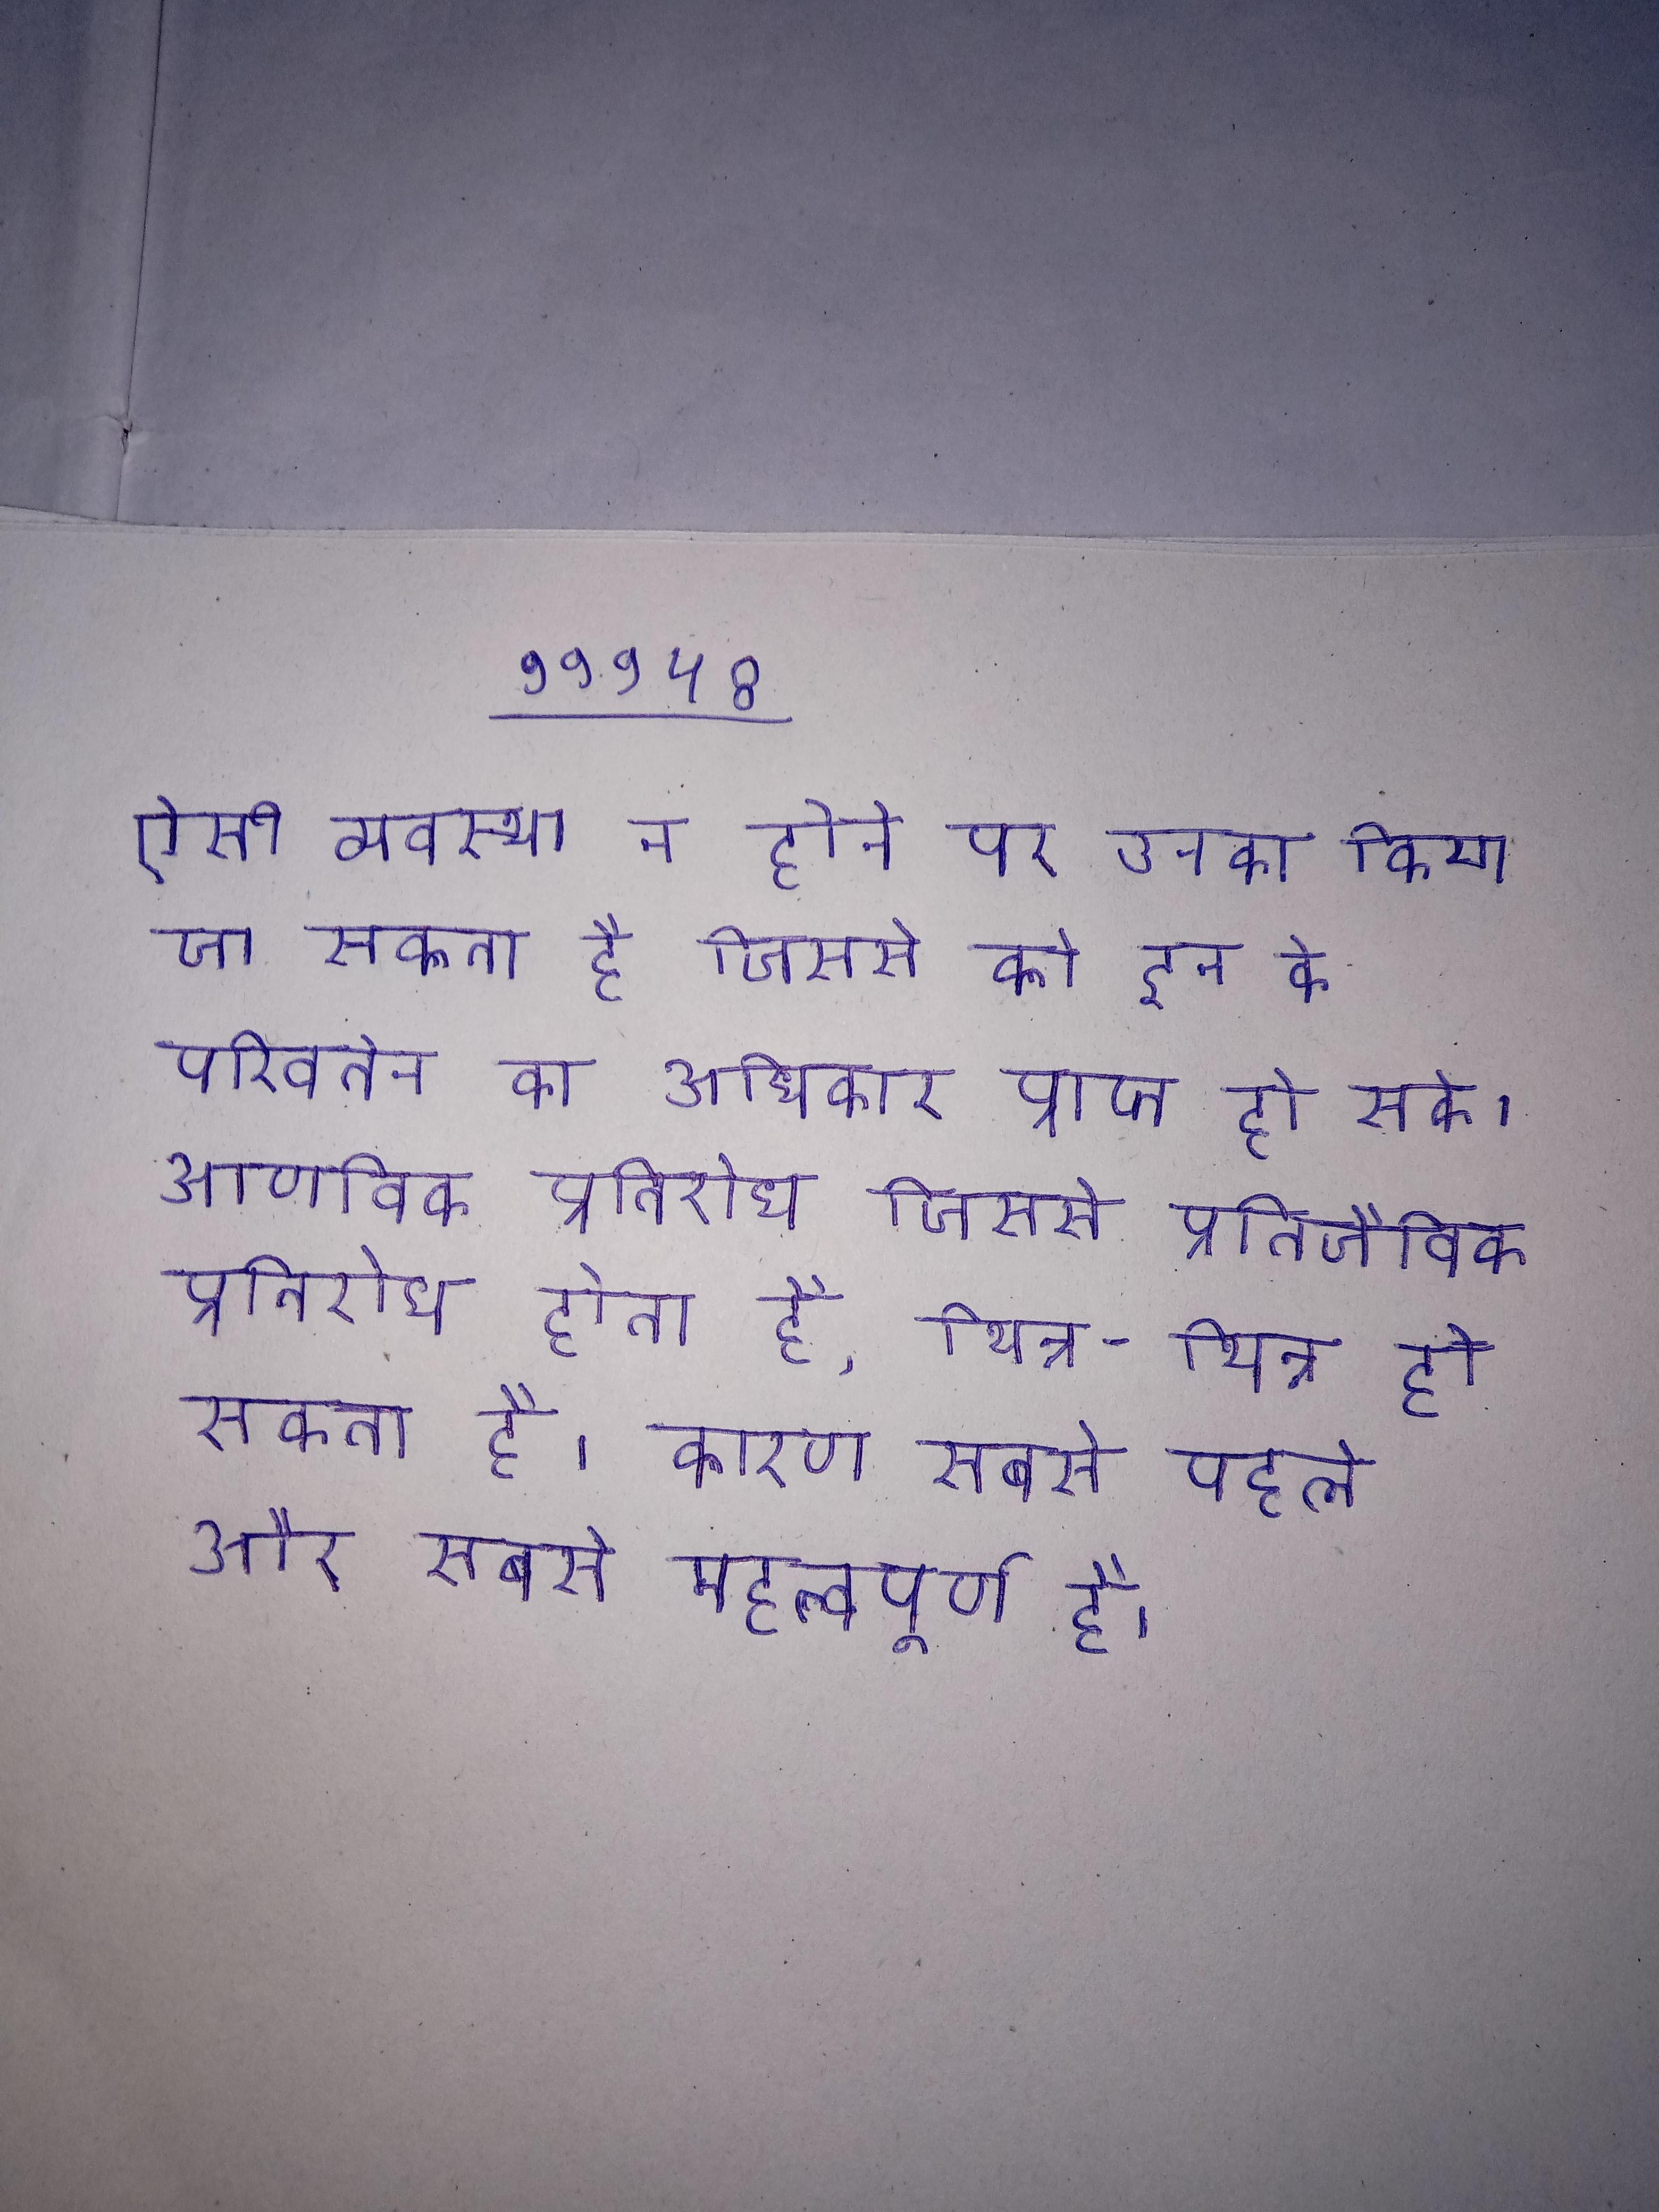
ऐसी व्यवस्था न होने पर उनका किया जा सकता है जिससे को इन के परिवर्तन का अधिकार प्राप्त हो सके । आणविक प्रतिरोध जिससे प्रतिजैविक प्रतिरोध होता है, भिन्न-भिन्न हो सकता है । कारण सबसे पहले और सबसे महत्वपूर्ण है ।